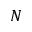
{ \cal N }